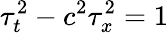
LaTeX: \tau_{t}^{2}-c^{2}\tau_{x}^{2}=1